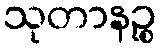
သုတာနဉ္စ